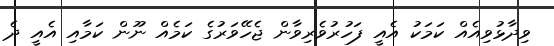
ވިދާޅުވިއެއް ކަމަކު އެއީ ފަހުރުވެރިވާން ޖެހޭވަރުގެ ކަމެއް ނޫން ކަމާއި އެއީ ދެ